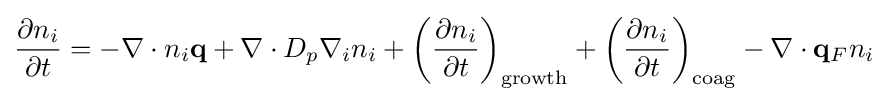
{\frac {\partial {n_{i}}}{\partial {t}}}=-\nabla \cdot n_{i}\mathbf {q} +\nabla \cdot D_{p}\nabla _{i}n_{i}+\left({\frac {\partial {n_{i}}}{\partial {t}}}\right)_{\mathrm {growth} }+\left({\frac {\partial {n_{i}}}{\partial {t}}}\right)_{\mathrm {coag} }-\nabla \cdot \mathbf {q} _{F}n_{i}